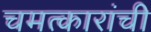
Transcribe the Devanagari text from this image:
चमत्कारांची